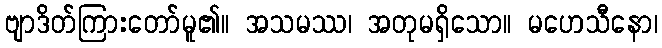
ဗျာဒိတ်ကြားတော်မူ၏။ အသမဿ၊ အတုမရှိသော။ မဟေသီနော၊